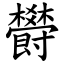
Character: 欎